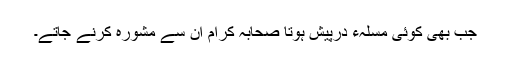
جب بھی کوئی مسلہء درپیش ہوتا صحابہ کرام ان سے مشورہ کرنے جاتے۔